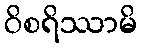
ဝိစရိဿာမိ